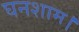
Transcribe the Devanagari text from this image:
घनशाम।